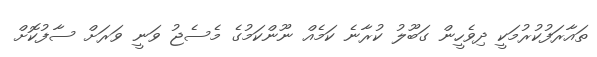
ތައާރަފުކުރުމަކީ ދިވެހީން ގަބޫލު ކުރާނެ ކަމެއް ނޫންކަމުގެ މެސެޖު ވަނީ ވަރަށް ސާފުކޮށް